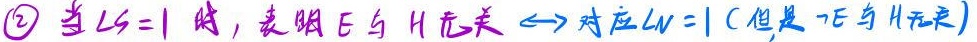
\textcircled{2} 当$L_S = 1$时，表明$E$与$H$无关$\leftrightarrow$对应$L_W = 1$（但是$\neg E$与$H$无关）